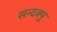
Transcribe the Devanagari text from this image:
सन्दक्पु